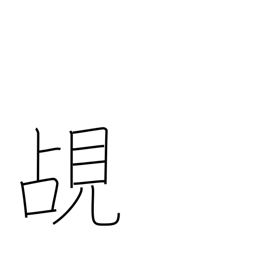
Meaning: peep